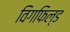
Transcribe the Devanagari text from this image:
विगफिल्ड